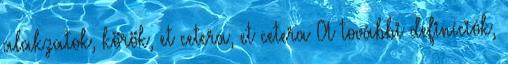
alakzatok, körök, et cetera, et cetera A további definíciók,